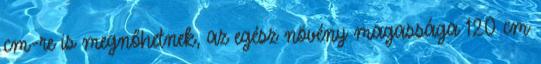
cm-re is megnőhetnek, az egész növény magassága 120 cm